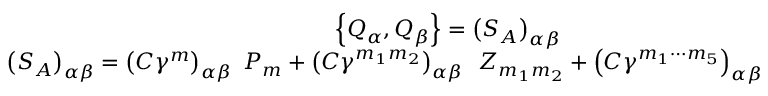
\begin{array} { c } { { \left\{ Q _ { \alpha } , Q _ { \beta } \right\} = \left( S _ { A } \right) _ { \alpha \beta } } } \\ { { \left( S _ { A } \right) _ { \alpha \beta } = \left( C \gamma ^ { m } \right) _ { \alpha \beta } \, \, P _ { m } + \left( C \gamma ^ { m _ { 1 } m _ { 2 } } \right) _ { \alpha \beta } \, \, \, Z _ { m _ { 1 } m _ { 2 } } + \left( C \gamma ^ { m _ { 1 } \cdots m _ { 5 } } \right) _ { \alpha \beta } \, \, \, X _ { m _ { 1 } \cdots m _ { 5 } } . } } \end{array}